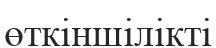
өткіншілікті